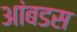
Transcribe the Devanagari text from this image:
आंबडस